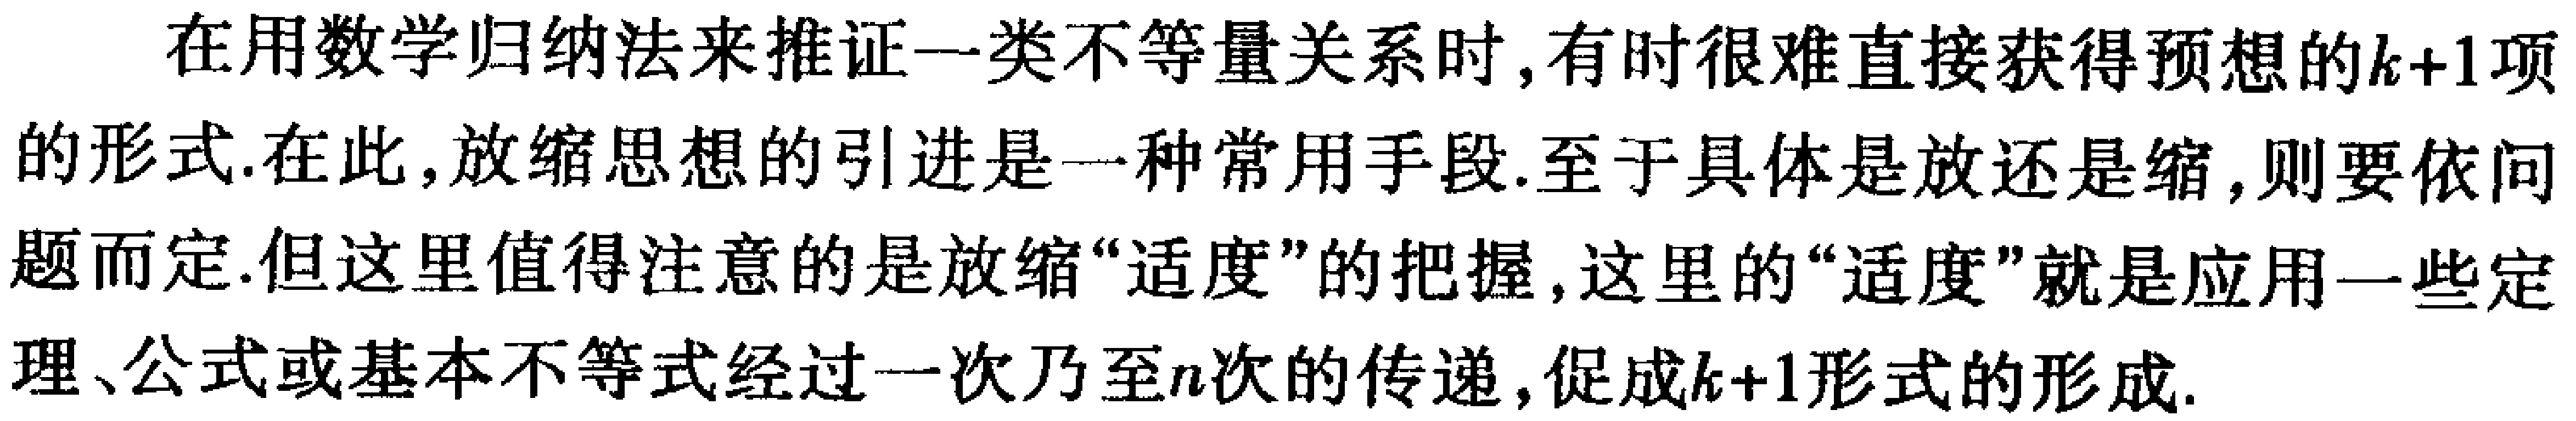
在用数学归纳法来推证一类不等量关系时，有时很难直接获得预想的\(k + 1\)项的形式.在此，放缩思想的引进是一种常用手段.至于具体是放还是缩，则要依问题而定.但这里值得注意的是放缩“适度”的把握，这里的“适度”就是应用一些定理、公式或基本不等式经过一次乃至\(n\)次的传递，促成\(k + 1\)形式的形成.